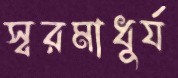
স্বরমাধুর্য